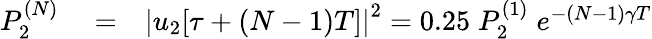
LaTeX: \begin{array}{rlr}{P_{2}^{(N)}}&{{}=}&{\left|u_{2}[\tau+(N-1)T]\right|^{2}=0.25\; P_{2}^{(1)}\; e^{-(N-1)\gamma T}}\end{array}